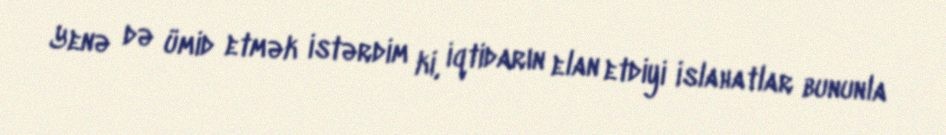
Yenə də ümid etmək istərdim ki, iqtidarın elan etdiyi islahatlar bununla